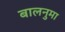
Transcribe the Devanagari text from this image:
बालनुमा